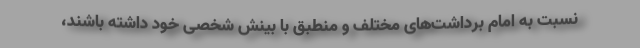
نسبت به امام برداشت‌های مختلف و منطبق با بینش شخصی خود داشته باشند،